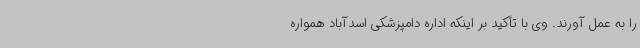
را به عمل آورند. وی با تأکید بر اینکه اداره دامپزشکی اسدآباد همواره